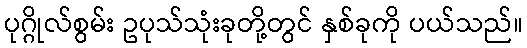
ပုဂ္ဂိုလ်စွမ်း ဥပုသ်သုံးခုတို့တွင် နှစ်ခုကို ပယ်သည်။